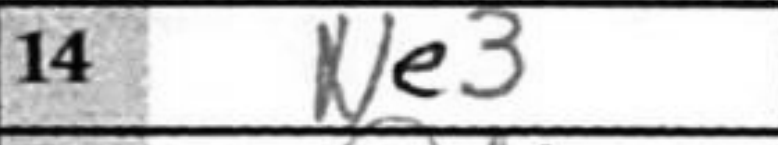
Transcription: Ne3